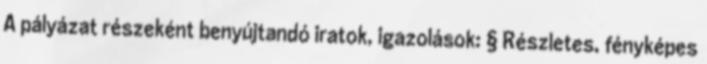
A pályázat részeként benyújtandó iratok, igazolások: § Részletes, fényképes